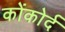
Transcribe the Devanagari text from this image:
कोंकोर्द